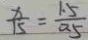
\frac { x } { 1 5 } = \frac { 1 . 5 } { 0 . 5 }